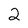
Character: 2